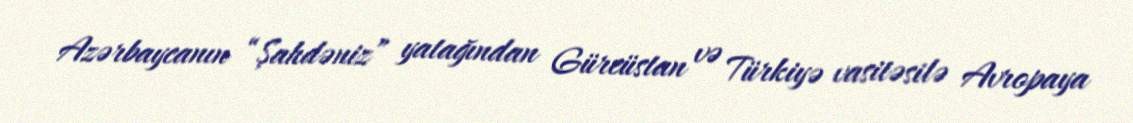
Azərbaycanın “Şahdəniz” yatağından Gürcüstan və Türkiyə vasitəsilə Avropaya